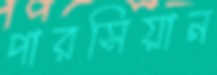
পারসিয়ান